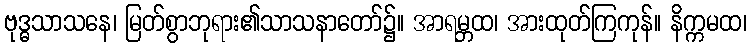
ဗုဒ္ဓသာသနေ၊ မြတ်စွာဘုရား၏သာသနာတော်၌။ အာရမ္ဘထ၊ အားထုတ်ကြကုန်။ နိက္ကမထ၊